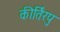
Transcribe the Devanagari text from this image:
कीर्तिरपु